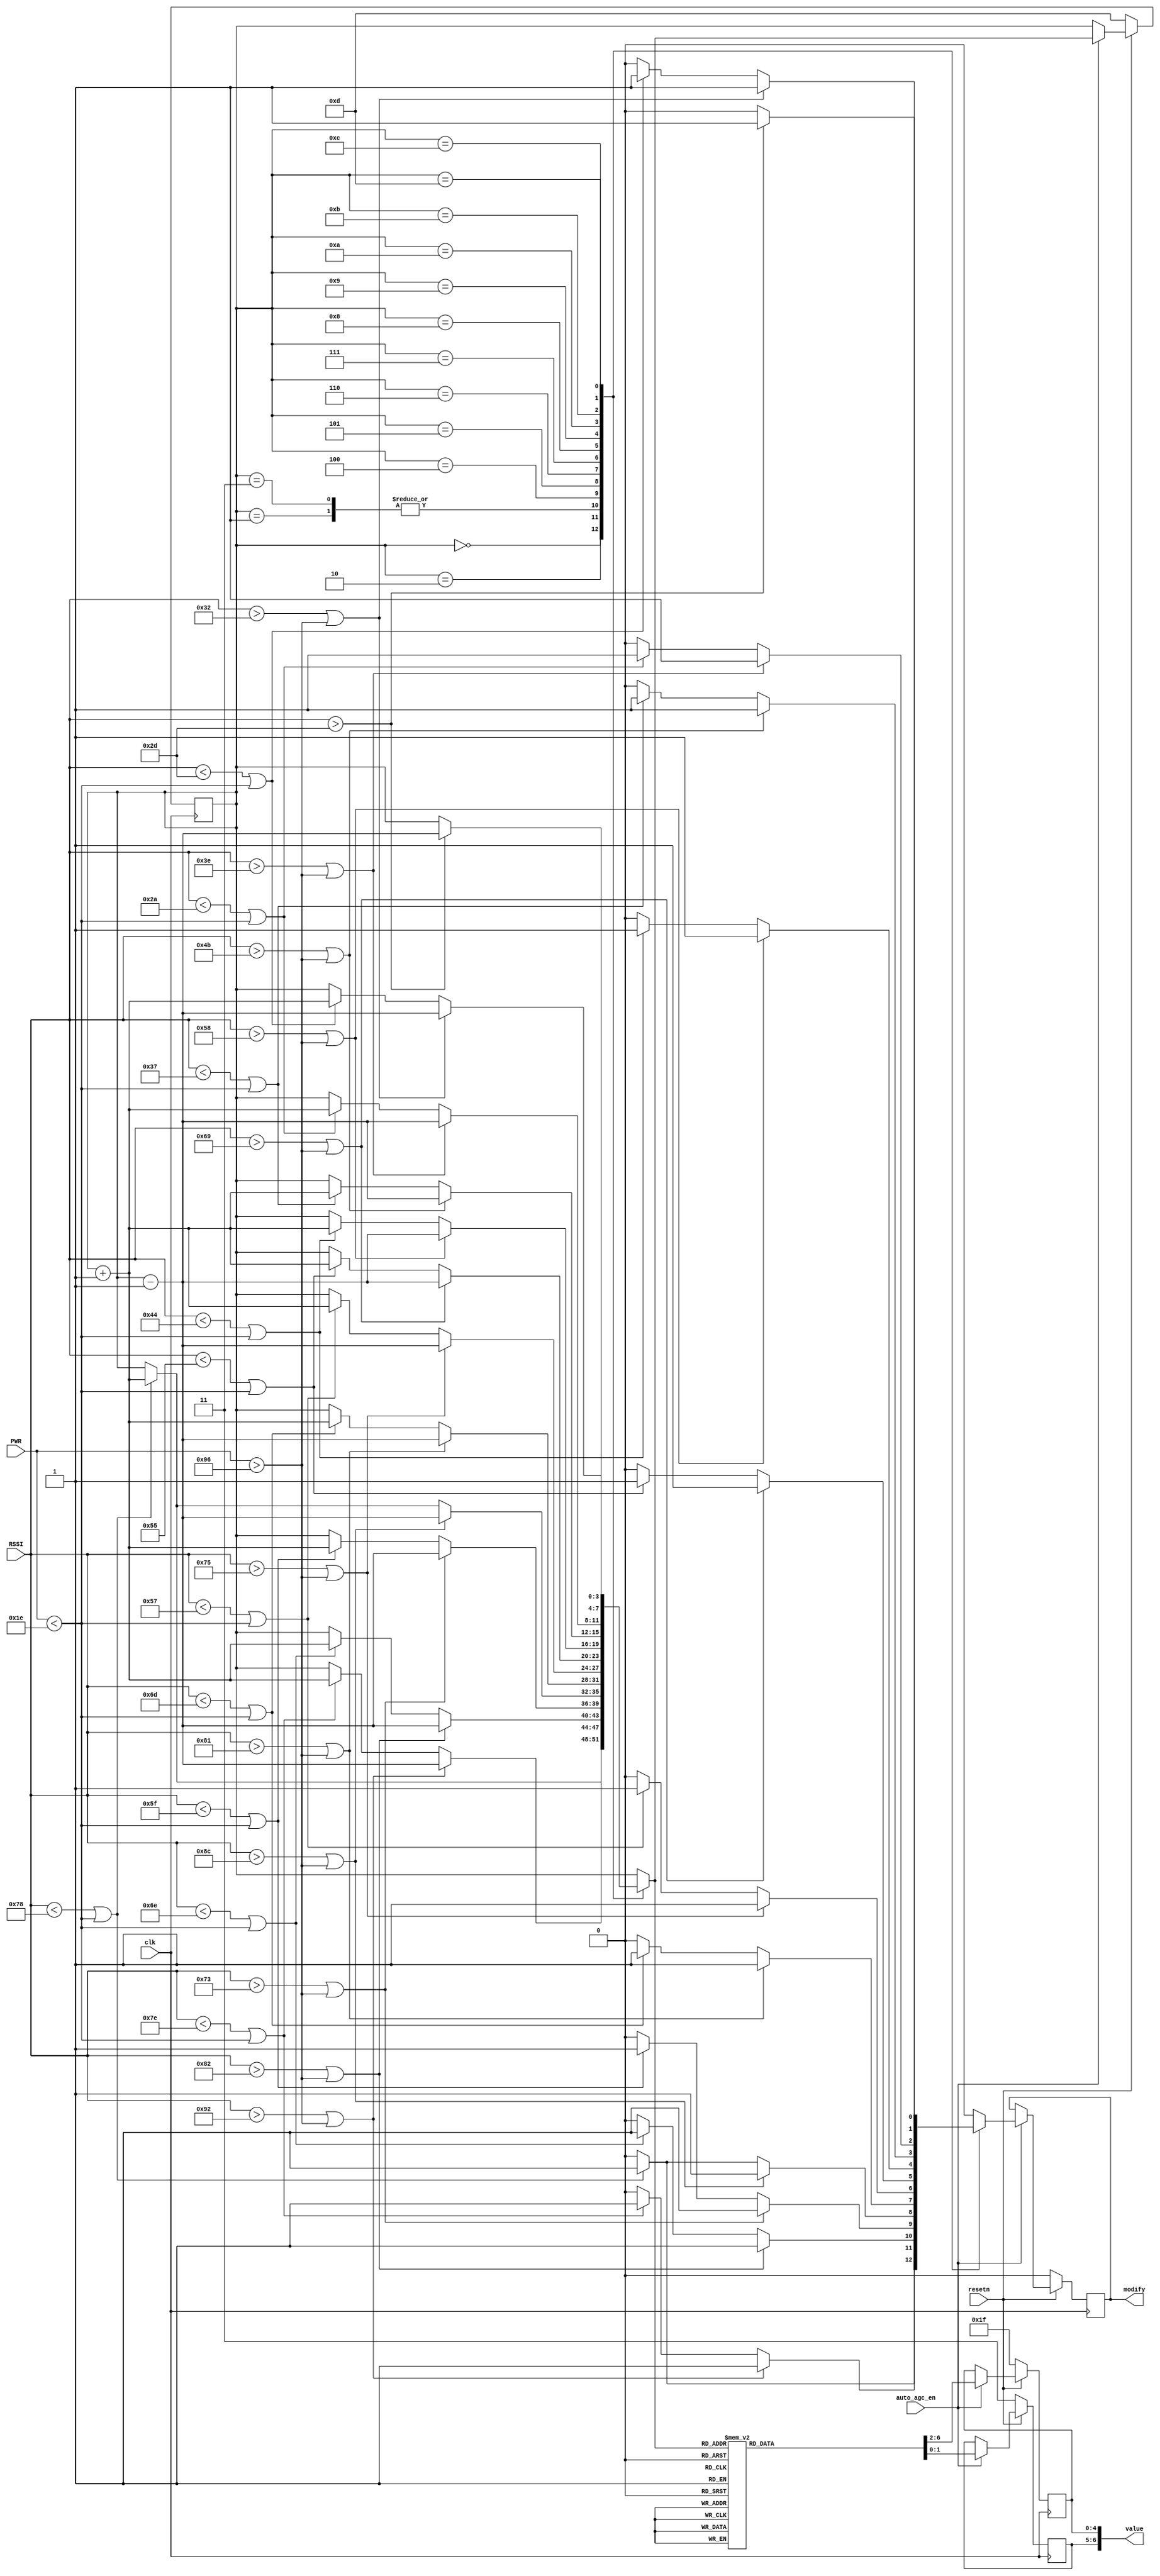
/*
 * "Copyright (c) 2010-2011 The Regents of the University of Michigan.
 * All rights reserved.
 *
 * Redistribution and use in source and binary forms, with or without
 * modification, are permitted provided that the following conditions
 * are met:
 *
 * - Redistributions of source code must retain the above copyright
 *   notice, this list of conditions and the following disclaimer.
 * - Redistributions in binary form must reproduce the above copyright
 *   notice, this list of conditions and the following disclaimer in the
 *   documentation and/or other materials provided with the
 *   distribution.
 * - Neither the name of the copyright holders nor the names of
 *   its contributors may be used to endorse or promote products derived
 *   from this software without specific prior written permission.
 *
 * THIS SOFTWARE IS PROVIDED BY THE COPYRIGHT HOLDERS AND CONTRIBUTORS
 * "AS IS" AND ANY EXPRESS OR IMPLIED WARRANTIES, INCLUDING, BUT NOT
 * LIMITED TO, THE IMPLIED WARRANTIES OF MERCHANTABILITY AND FITNESS
 * FOR A PARTICULAR PURPOSE ARE DISCLAIMED.  IN NO EVENT SHALL THE
 * COPYRIGHT HOLDER OR CONTRIBUTORS BE LIABLE FOR ANY DIRECT,
 * INDIRECT, INCIDENTAL, SPECIAL, EXEMPLARY, OR CONSEQUENTIAL DAMAGES
 * (INCLUDING, BUT NOT LIMITED TO, PROCUREMENT OF SUBSTITUTE GOODS OR
 * SERVICES; LOSS OF USE, DATA, OR PROFITS; OR BUSINESS INTERRUPTION)
 * HOWEVER CAUSED AND ON ANY THEORY OF LIABILITY, WHETHER IN CONTRACT,
 * STRICT LIABILITY, OR TORT (INCLUDING NEGLIGENCE OR OTHERWISE)
 * ARISING IN ANY WAY OUT OF THE USE OF THIS SOFTWARE, EVEN IF ADVISED
 * OF THE POSSIBILITY OF SUCH DAMAGE.
 */

/*
 * @author Ye-Sheng Kuo <samkuo@eecs.umich.edu>
 */

module agc_table(clk, resetn, auto_agc_en, RSSI, PWR, modify, value);

input			clk, resetn, auto_agc_en;
input	[7:0]	RSSI, PWR;
output			modify;
output	[6:0]	value;
reg				modify, next_modify;
reg		[3:0]	gain_level, next_gain_level;
reg		[1:0]	lna_gain, next_lna_gain;
reg		[4:0]	vga_gain, next_vga_gain;

assign value = {lna_gain, vga_gain};

`define MIN_LNA_GAIN	2'b01
`define MID_LNA_GAIN	2'b10
`define MAX_LNA_GAIN	2'b11
`define PWR_LOWER_THRESHOLD	8'd30
`define PWR_UPPER_THRESHOLD	8'd150

always @ (posedge clk)
begin
	if (~resetn)
	begin
		lna_gain <= `MAX_LNA_GAIN;
		vga_gain <= 5'b11111;
		modify	 <= 0;
		gain_level <= 13;
	end
	else
	begin
		if (auto_agc_en)
		begin
			lna_gain <= next_lna_gain;
			vga_gain <= next_vga_gain;
			modify	 <= next_modify;
			gain_level <= next_gain_level;
		end
	end
end

always @ *
begin
	next_gain_level = gain_level;
	next_modify = 0;
	case (gain_level)
		0:
		// vga = 13
		begin
			if ((RSSI<120)||(PWR<`PWR_LOWER_THRESHOLD))
			begin
				next_modify = 1;
				next_gain_level = gain_level + 1;
			end
		end

		1:
		// lna = 1
		// vga = 16
		begin
			if ((RSSI>130)||(PWR>`PWR_UPPER_THRESHOLD))	
			begin
				next_modify = 1;
				next_gain_level = gain_level - 1;
			end
			else if ((RSSI<110)||(PWR<`PWR_LOWER_THRESHOLD))
			begin
				next_modify = 1;
				next_gain_level = gain_level + 1;
			end
		end

		2:
		// vga = 7
		begin
			if ((RSSI>146)||(PWR>`PWR_UPPER_THRESHOLD))	
			begin
				next_modify = 1;
				next_gain_level = gain_level - 1;
			end
			else if ((RSSI<126)||(PWR<`PWR_LOWER_THRESHOLD))
			begin
				next_modify = 1;
				next_gain_level = gain_level + 1;
			end
		end

		3:
		// vga = 10
		begin
			if ((RSSI>130)||(PWR>`PWR_UPPER_THRESHOLD))	
			begin
				next_modify = 1;
				next_gain_level = gain_level - 1;
			end
			else if ((RSSI<110)||(PWR<`PWR_LOWER_THRESHOLD))
			begin
				next_modify = 1;
				next_gain_level = gain_level + 1;
			end
		end

		4:
		// vga = 13
		// lna = 2
		begin
			if ((RSSI>115)||(PWR>`PWR_UPPER_THRESHOLD))	
			begin
				next_modify = 1;
				next_gain_level = gain_level - 1;
			end
			else if ((RSSI<95)||(PWR<`PWR_LOWER_THRESHOLD))
			begin
				next_modify = 1;
				next_gain_level = gain_level + 1;
			end
		end

		5:
		// vga = 7
		begin
			if ((RSSI>140)||(PWR>`PWR_UPPER_THRESHOLD))
			begin
				next_modify = 1;
				next_gain_level = gain_level - 1;
			end
			else if ((RSSI<120)||(PWR<`PWR_LOWER_THRESHOLD))
			begin
				next_modify = 1;
				next_gain_level = gain_level + 1;
			end
		end

		6:
		// vga = 10
		begin
			if ((RSSI>129)||(PWR>`PWR_UPPER_THRESHOLD))
			begin
				next_modify = 1;
				next_gain_level = gain_level - 1;
			end
			else if ((RSSI<109)||(PWR<`PWR_LOWER_THRESHOLD))
			begin
				next_modify = 1;
				next_gain_level = gain_level + 1;
			end
		end

		7:
		// vga = 13
		begin
			if ((RSSI>117)||(PWR>`PWR_UPPER_THRESHOLD))	
			begin
				next_modify = 1;
				next_gain_level = gain_level - 1;
			end
			else if ((RSSI<87)||(PWR<`PWR_LOWER_THRESHOLD))
			begin
				next_modify = 1;
				next_gain_level = gain_level + 1;
			end
		end

		8:
		// vga = 16
		begin
			if ((RSSI>105)||(PWR>`PWR_UPPER_THRESHOLD))	
			begin
				next_modify = 1;
				next_gain_level = gain_level - 1;
			end
			else if ((RSSI<85)||(PWR<`PWR_LOWER_THRESHOLD))	
			begin
				next_modify = 1;
				next_gain_level = gain_level + 1;
			end
		end

		9:
		// vga = 19
		begin
			if ((RSSI>88)||(PWR>`PWR_UPPER_THRESHOLD))
			begin
				next_modify = 1;
				next_gain_level = gain_level - 1;
			end
			else if ((RSSI<68)||(PWR<`PWR_LOWER_THRESHOLD))
			begin
				next_modify = 1;
				next_gain_level = gain_level + 1;
			end
		end

		10:
		// vga = 22
		begin
			if ((RSSI>75)||(PWR>`PWR_UPPER_THRESHOLD))
			begin
				next_modify = 1;
				next_gain_level = gain_level - 1;
			end
			else if ((RSSI<55)||(PWR<`PWR_LOWER_THRESHOLD))
			begin
				next_modify = 1;
				next_gain_level = gain_level + 1;
			end
		end

		11:
		// vga = 25
		begin
			if ((RSSI>62)||(PWR>`PWR_UPPER_THRESHOLD))
			begin
				next_modify = 1;
				next_gain_level = gain_level - 1;
			end
			else if ((RSSI<42)||(PWR<`PWR_LOWER_THRESHOLD))
			begin
				next_modify = 1;
				next_gain_level = gain_level + 1;
			end
		end

		12:
		// vga = 28
		begin
			if ((RSSI>50)||(PWR>`PWR_UPPER_THRESHOLD))
			begin
				next_modify = 1;
				next_gain_level = gain_level - 1;
			end
			else if ((RSSI<45)||(PWR<`PWR_LOWER_THRESHOLD))	// rssi = 0.7V
			begin
				next_modify = 1;
				next_gain_level = gain_level + 1;
			end
		end

		13:
		// maximum gain, lna = 2'd3,
		// vga = 31
		begin
			if (RSSI>45)							// rssi = 0.8V
			begin
				next_modify = 1;
				next_gain_level = gain_level - 1;
			end
		end
	endcase
end

always @ *
begin
	next_lna_gain = lna_gain;
	next_vga_gain = vga_gain;
	case (next_gain_level)
		0:
		begin
			next_lna_gain = 1;
			next_vga_gain = 13;
		end

		1:
		begin
			next_lna_gain = 1;
			next_vga_gain = 16;
		end

		2:
		begin
			next_lna_gain = 2;
			next_vga_gain = 7;
		end

		3:	//0x44B
		begin
			next_lna_gain = 2;
			next_vga_gain = 10;
		end

		4:	//0x48B
		begin
			next_lna_gain = 2;
			next_vga_gain = 13;
		end

		5:	//0x4CB
		begin
			next_lna_gain = 3;
			next_vga_gain = 7;
		end

		6:
		begin
			next_lna_gain = 3;
			next_vga_gain = 10;
		end

		7:
		begin
			next_lna_gain = 3;
			next_vga_gain = 13;
		end

		8:
		begin
			next_lna_gain = 3;
			next_vga_gain = 16;
		end

		9:
		begin
			next_lna_gain = 3;
			next_vga_gain = 19;
		end

		10:
		begin
			next_lna_gain = 3;
			next_vga_gain = 22;
		end

		11:
		begin
			next_lna_gain = 3;
			next_vga_gain = 25;
		end

		12:
		begin
			next_lna_gain = 3;
			next_vga_gain = 28;
		end

		13:
		begin
			next_lna_gain = 3;
			next_vga_gain = 31;
		end

		default:
		begin
			next_lna_gain = 3;
			next_vga_gain = 5'd31;
		end

	endcase
end

endmodule